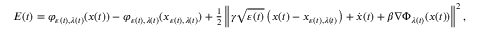
\begin{array} { r } { E ( t ) = \varphi _ { \varepsilon ( t ) , \lambda ( t ) } ( x ( t ) ) - \varphi _ { \varepsilon ( t ) , \lambda ( t ) } ( x _ { \varepsilon ( t ) , \lambda ( t ) } ) + \frac { 1 } { 2 } \left\| \gamma \sqrt { \varepsilon ( t ) } \left( x ( t ) - x _ { \varepsilon ( t ) , \lambda ( t ) } \right) + \dot { x } ( t ) + \beta \nabla \Phi _ { \lambda ( t ) } ( x ( t ) ) \right\| ^ { 2 } , } \end{array}